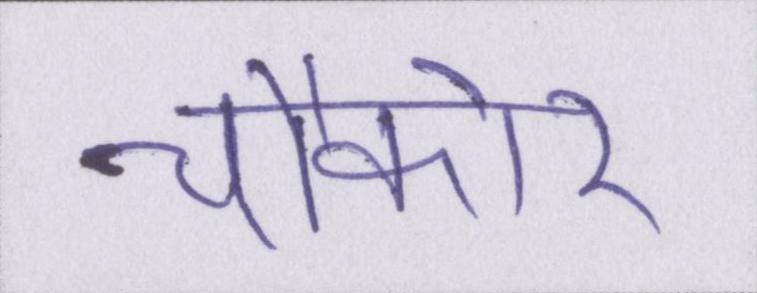
चौकोर